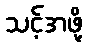
သင့်အဖို့